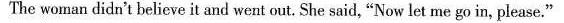
The woman didn't believe it and went out. She said,"Now let me go in, please."